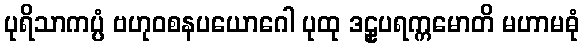
ပုရိသာကပ္ပံ ဗဟုဝစနပယောဂေါ ပုထု ဒဠှပရက္ကမောတိ မဟာမဓုံ